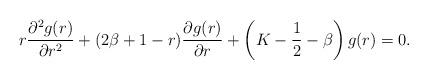
LaTeX: \begin{align*}r\frac{\partial^2g(r)}{\partial r^2}+(2\beta+1-r)\frac{\partial g(r)}{\partial r}+\left(K-\frac1{2}-\beta\right)g(r)=0.\end{align*}